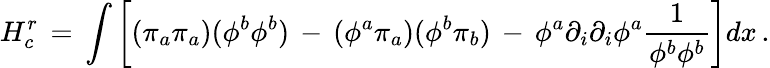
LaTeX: H_{c}^{r}\, =\, \int\left[(\pi_{a}\pi_{a})(\phi^{b}\phi^{b})\, -\, (\phi^{a}\pi_{a})(\phi^{b}\pi_{b})\, -\, \phi^{a}\partial_{i}\partial_{i}\phi^{a}{\frac{1}{\phi^{b}\phi^{b}}}\right]dx\, .